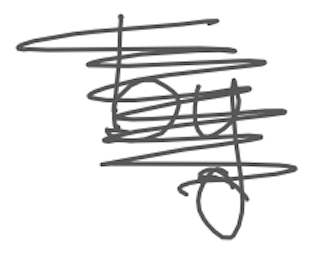
Text: by
Cross-out: scratch
Writing tool: digital_gray